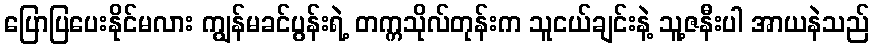
ပြောပြပေးနိုင်မလား ကျွန်မခင်ပွန်းရဲ့ တက္ကသိုလ်တုန်းက သူငယ်ချင်းနဲ့ သူ့ဇနီးပါ အာယနဲသည်